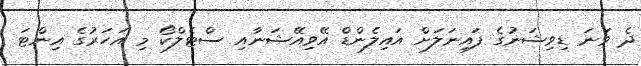
ދެ ވަނަ ޑިވިޝަނުގެ ފައިނަލަށް އައިލެންޑް އޭވިއޭޝަނާއި ސްޓެލްކޯ މި އަހަރުގެ އިންޓަ